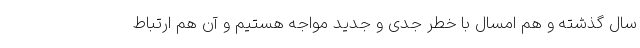
سال گذشته و هم امسال با خطر جدی و جدید مواجه هستیم و آن هم ارتباط